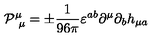
\mathcal { P } _ { \ \mu } ^ { \mu } = \pm \frac { 1 } { 9 6 \pi } \varepsilon ^ { a b } \partial ^ { \mu } \partial _ { b } h _ { \mu a }